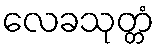
လေခသုတ္တံ